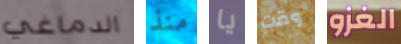
الدماغي منذ يا وقت الغزو